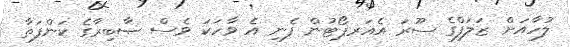
ލުހާއަށް ޒަލަފްގެ ސޫރަ އެއަރޕޯޓުން ފެނި އެ ވާހަކަ ވެސް ޞާބިރާގެ ކަންފަތާ